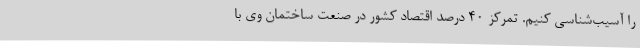
را آسیب‌شناسی کنیم. تمرکز 40 درصد اقتصاد کشور در صنعت ساختمان وی با